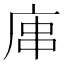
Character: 𢈢